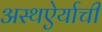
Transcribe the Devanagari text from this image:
अस्थऐर्याची